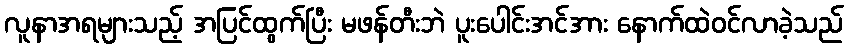
လူနာအရများသည့် အပြင်ထွက်ပြီး မဖန်တီးဘဲ ပူးပေါင်းအင်အား နောက်ထဲဝင်လာခဲ့သည်